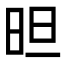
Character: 㫜